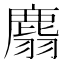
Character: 𪊮